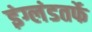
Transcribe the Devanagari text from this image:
इंग्लंडतर्फे